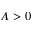
A > 0